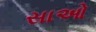
સાઓ